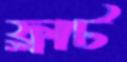
ফ্লাট